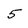
Character: 5